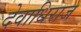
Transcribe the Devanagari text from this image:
देवाधिराज